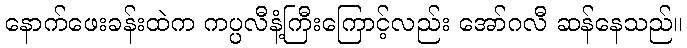
နောက်ဖေးခန်းထဲက ကပ္ပလီနံ့ကြီးကြောင့်လည်း အော်ဂလီ ဆန်နေသည်။